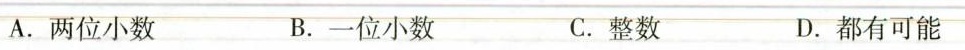
A.两位小数 B.一位小数 C.整数 D.都有可能